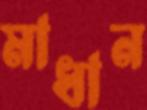
মাধান